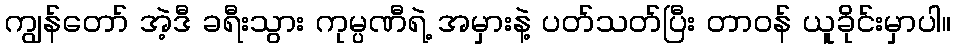
ကျွန်တော် အဲ့ဒီ ခရီးသွား ကုမ္ပဏီရဲ့ အမှားနဲ့ ပတ်သတ်ပြီး တာဝန် ယူခိုင်းမှာပါ။